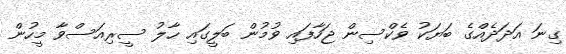
ގިނަ އަދަދެއްގެ ބަޔަކު ވެކްސިން ޖަހާފައި ވުމުން ބަލީގައި ހާލު ސީރިއަސްވާ މީހުން